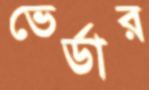
ভের্ডার